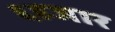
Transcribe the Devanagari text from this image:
६हजार